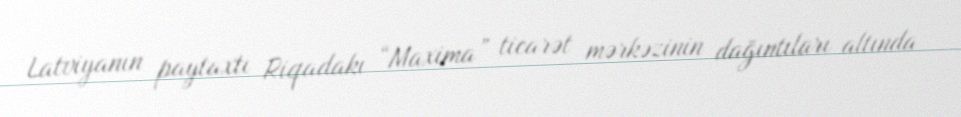
Latviyanın paytaxtı Riqadakı “Maxima” ticarət mərkəzinin dağıntıları altında